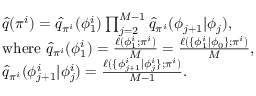
\begin{array} { r l } & { \hat { q } ( \pi ^ { i } ) = \hat { q } _ { \pi ^ { i } } ( \phi _ { 1 } ^ { i } ) \prod _ { j = 2 } ^ { M - 1 } \hat { q } _ { \pi ^ { i } } ( \phi _ { j + 1 } | \phi _ { j } ) , } \\ & { \mathrm { w h e r e ~ } \hat { q } _ { \pi ^ { i } } ( \phi _ { 1 } ^ { i } ) = \frac { \ell ( \phi _ { 1 } ^ { i } ; \pi ^ { i } ) } { M } = \frac { \ell ( \{ \phi _ { 1 } ^ { i } | \phi _ { 0 } \} ; \pi ^ { i } ) } { M } , } \\ & { \hat { q } _ { \pi ^ { i } } ( \phi _ { j + 1 } ^ { i } | \phi _ { j } ^ { i } ) = \frac { \ell ( \{ \phi _ { j + 1 } ^ { i } | \phi _ { j } ^ { i } \} ; \pi ^ { i } ) } { M - 1 } . } \end{array}